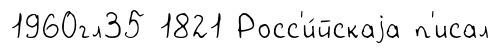
1960гл35 1821 Росс'и́йскаjа п'исал